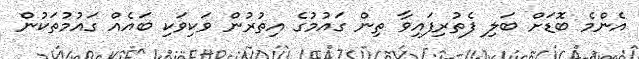
އެންމެ ބޮޑަށް ބަލި ފެތުރިފައިވާ ތިން ގައުމުގެ އިތުރުން ވަކިވަކި ބައެއް ގައުމުތަކުން